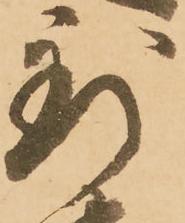
到